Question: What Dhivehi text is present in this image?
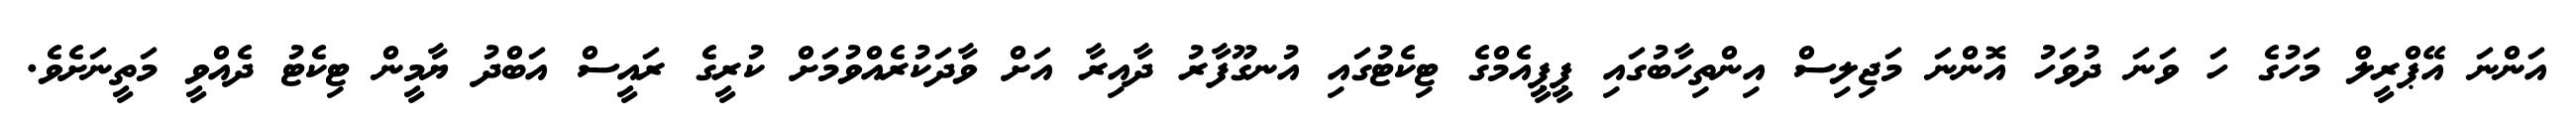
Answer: އަންނަ އޭޕްރީލް މަހުގެ ހަ ވަނަ ދުވަހު އޮންނަ މަޖިލިސް އިންތިހާބުގައި ޕީޕީއެމްގެ ޓިކެޓުގައި އުނގޫފާރު ދާއިރާ އަށް ވާދަކުރެއްވުމަށް ކުރީގެ ރައީސް އަބްދު ޔާމީން ޓިކެޓު ދެއްވީ މަތީނަށެވެ.